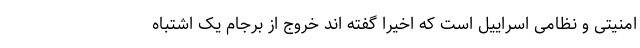
امنیتی و نظامی اسراییل است که اخیرا گفته اند خروج از برجام یک اشتباه